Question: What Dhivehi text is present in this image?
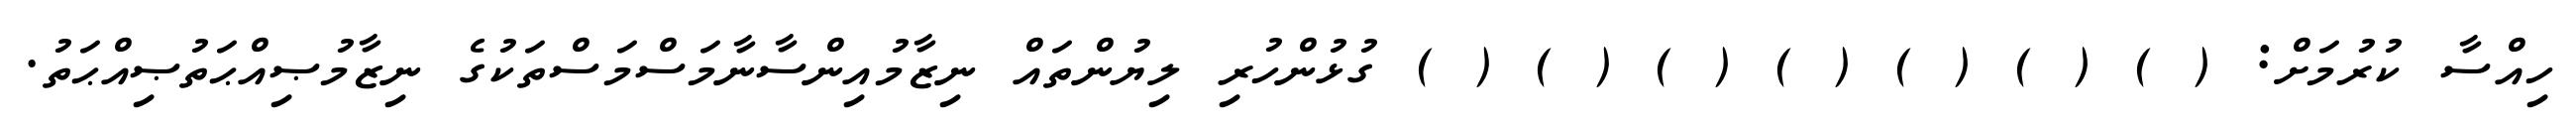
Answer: ހިއްސާ ކުރުމަށް: ( ) ( ) ( ) ( ) ( ) ( ) ( ) ގުޅުންހުރި ލިޔުންތައް ނިޒާމުއިންސާނާމަސްމަސްތަކުގެ ނިޒާމުޞިއްޙަތުޞިއްޙަތު.